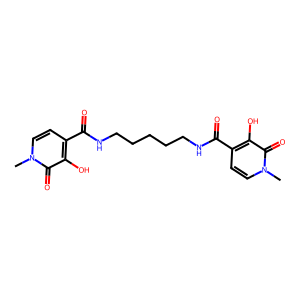
SMILES: Cn1ccc(C(=O)NCCCCCNC(=O)c2ccn(C)c(=O)c2O)c(O)c1=O
Inhibits HIV replication: No